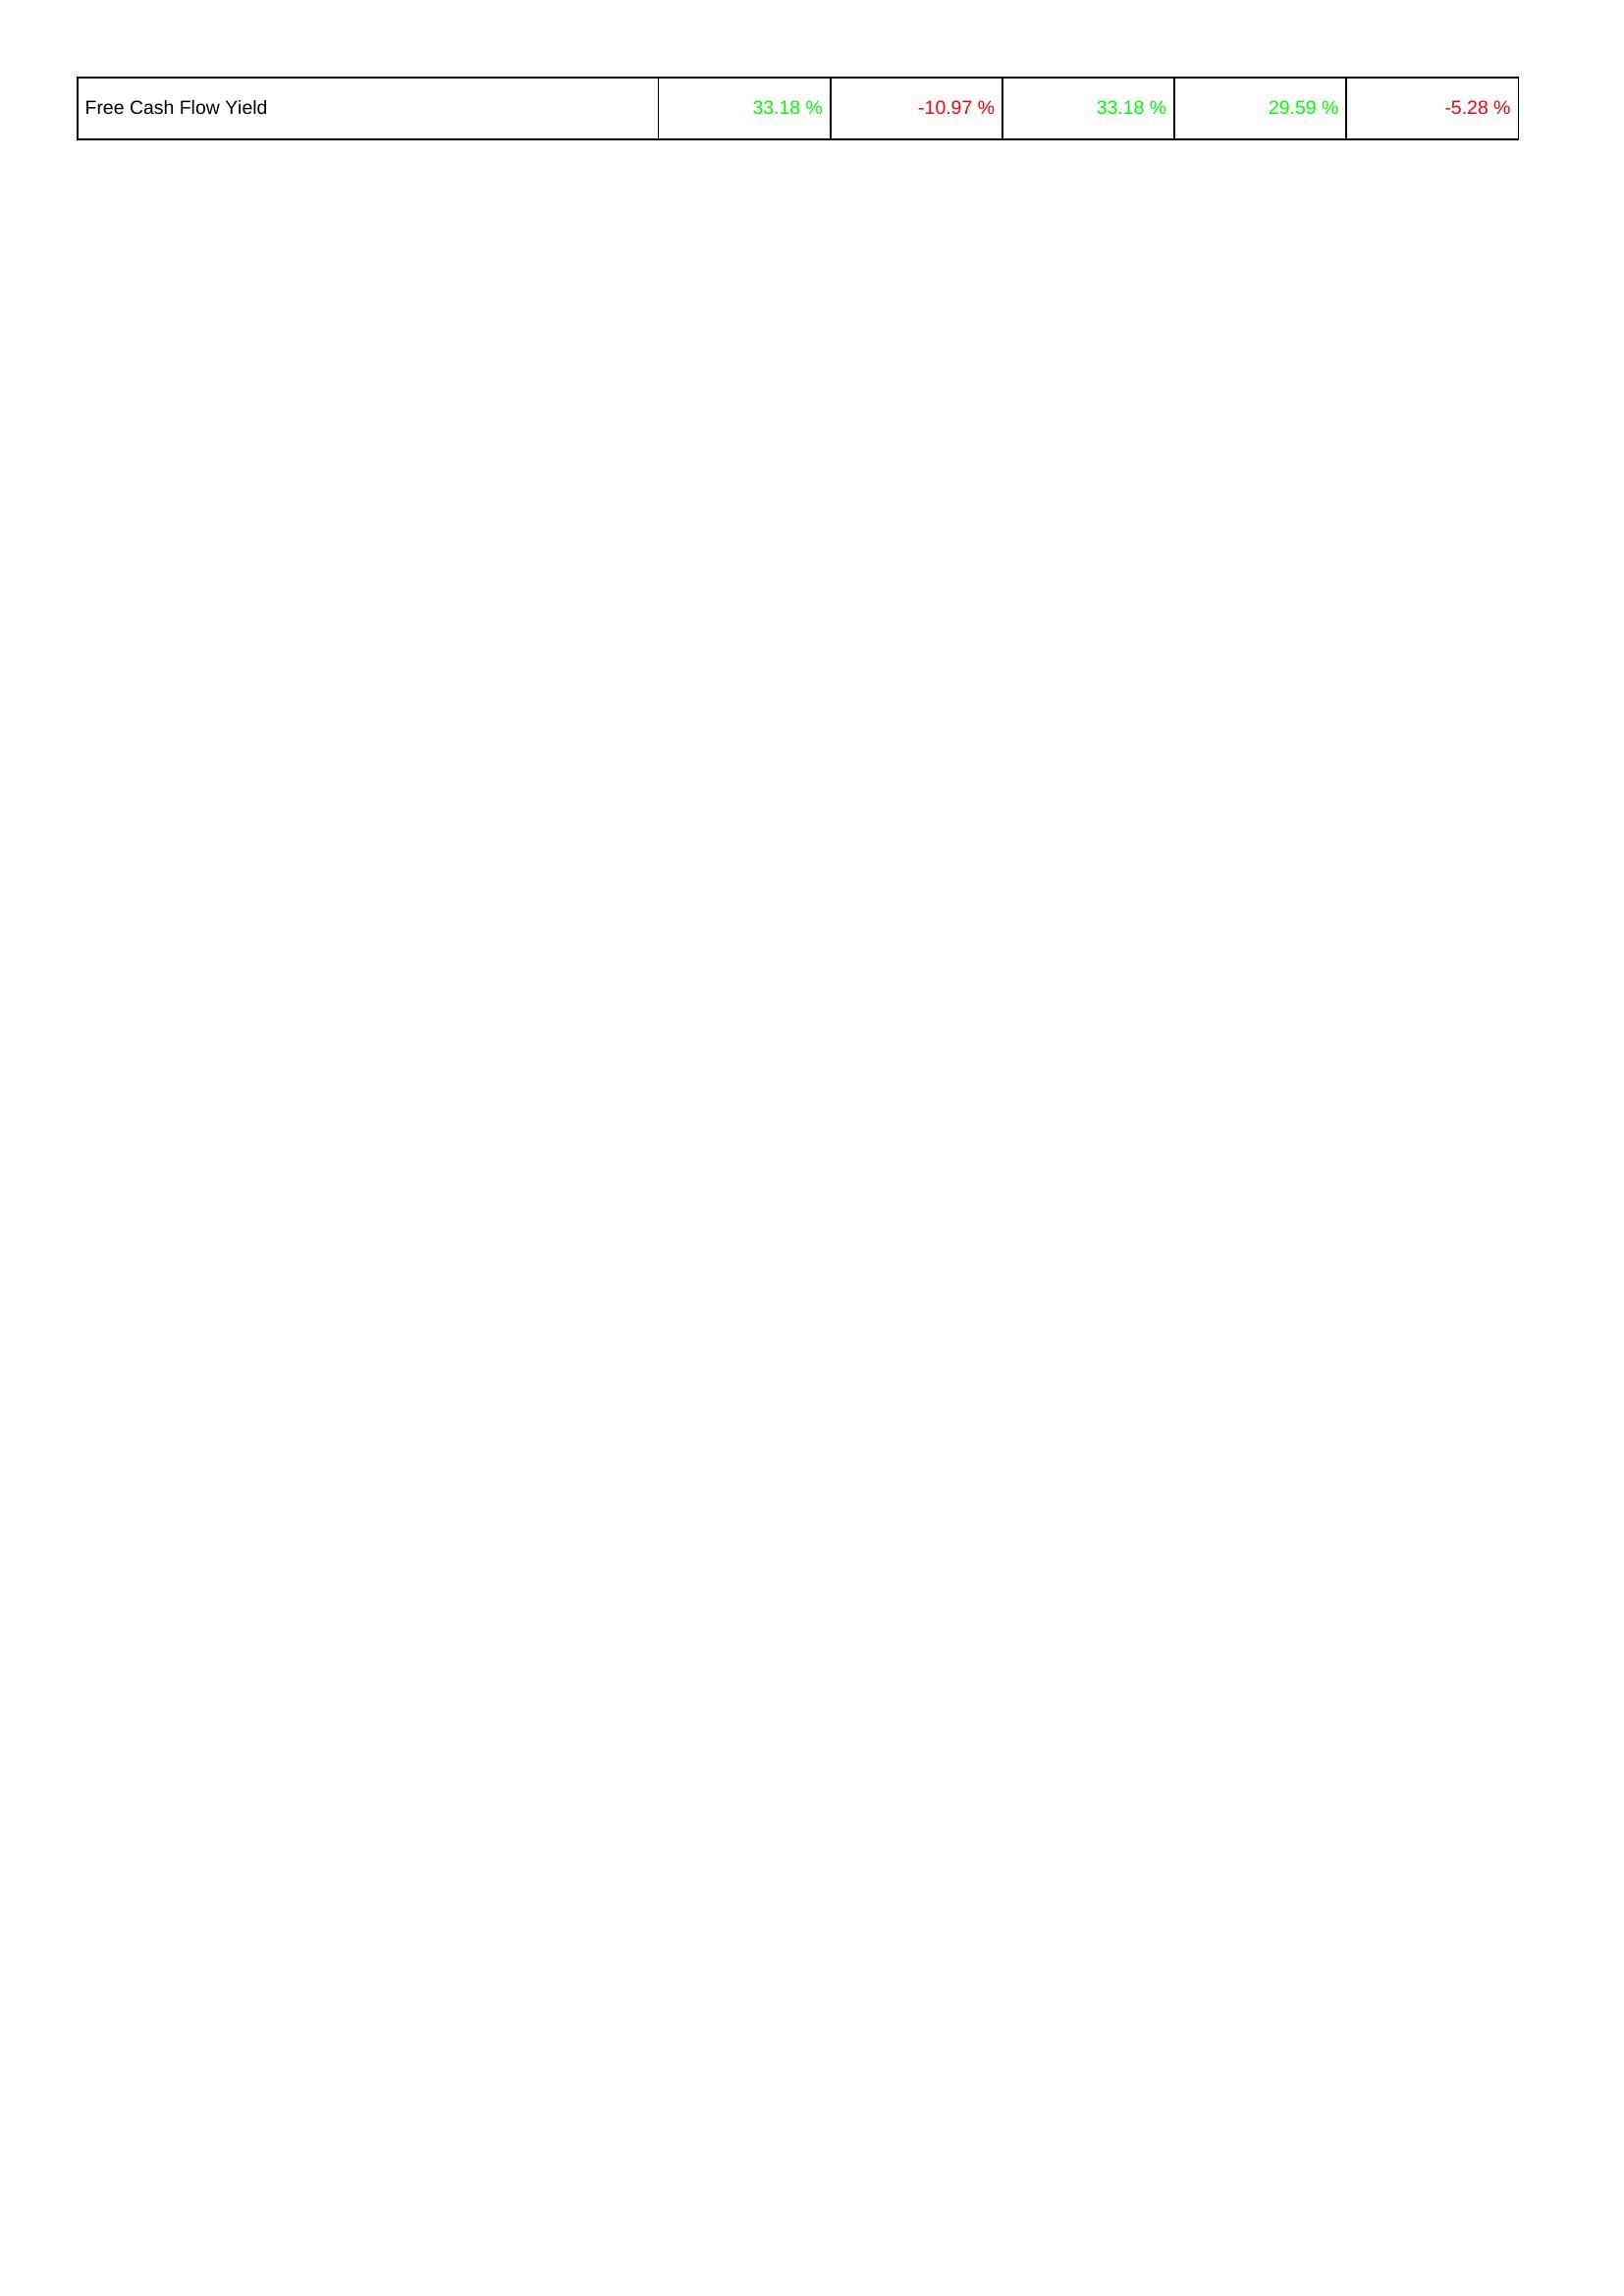
2020: Financing Activities: Free Cash Flow Yield: 33.18 %
2019: Financing Activities: Free Cash Flow Yield: -10.97 %
2018: Financing Activities: Free Cash Flow Yield: 33.18 %
2017: Financing Activities: Free Cash Flow Yield: 29.59 %
2016: Financing Activities: Free Cash Flow Yield: -5.28 %